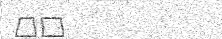
٣٨